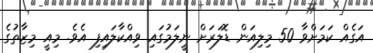
އަގެއް ކަމަށްވާ 50 މިލިއަން ޑޮލަރަށް ނީލަމުގައި ވިއްކާލައިފި އެވެ. މިއީ މިޒާތުގެ